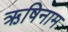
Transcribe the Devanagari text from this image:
ऋषिनाम